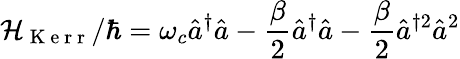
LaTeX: \mathcal{H}_{\mathrm{{~K~e~r~r~}}}/\hbar=\omega_{c}\hat{{a}}^{\dagger}\hat{{a}}-\frac{{\beta}}{{2}}\hat{{a}}^{\dagger}\hat{{a}}-\frac{{\beta}}{{2}}\hat{{a}}^{\dagger2}\hat{{a}}^{2}